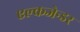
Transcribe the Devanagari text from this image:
एल्कजेन्डर